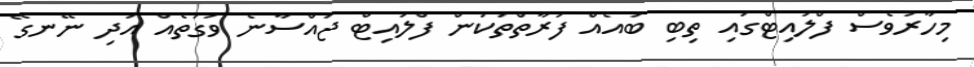
މިހާރުވެސް ފްލައިޓްގައި ތިބި ބައެއް ފަރާތްތަކުން ފްލައިޓް ޖައްސާނެ ވަގުތެއް އަދި ނޭނގޭ